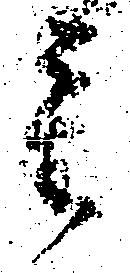
重